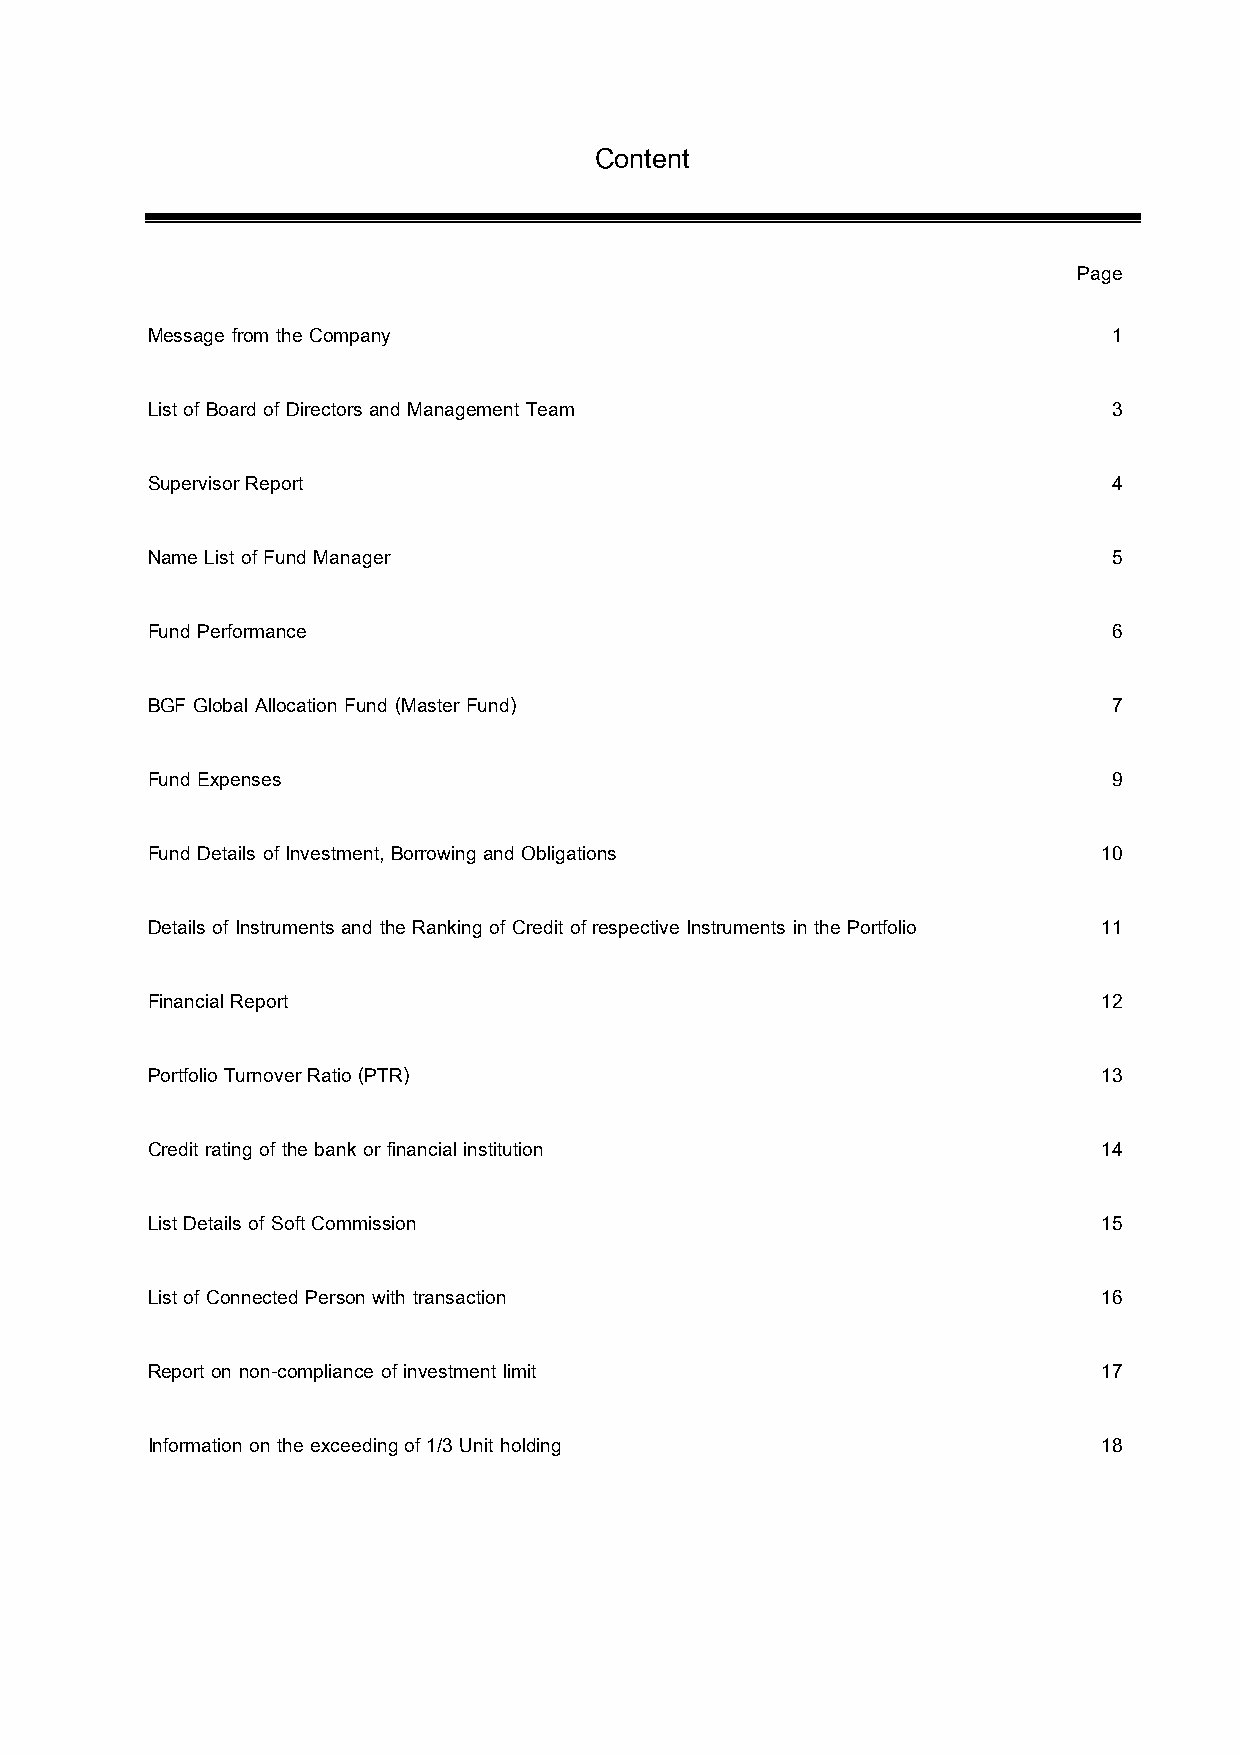
Content
 Page
 Message from the Company                                        1
 List of Board of Directors and Management Team                  3
 Supervisor Report                                               4
 Name List of Fund Manager                                       5
 Fund Performance                                                6
 BGF Global Allocation Fund (Master Fund)                        7
 Fund Expenses                                                   9
 Fund Details of Investment, Borrowing and Obligations          10
 Details of Instruments and the Ranking of Credit of respective Instruments in the Portfolio 11
 Financial Report                                               12
 Portfolio Turnover Ratio (PTR)                                 13
 Credit rating of the bank or financial institution             14
 List Details of Soft Commission                                15
 List of Connected Person with transaction                      16
 Report on non-compliance of investment limit                   17
 Information on the exceeding of 1/3 Unit holding               18
 UOB Smart Global Allocation Fund                            2